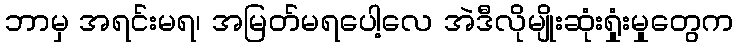
ဘာမှ အရင်းမရ၊ အမြတ်မရပေါ့လေ အဲဒီလိုမျိုးဆုံးရှုံးမှုတွေက